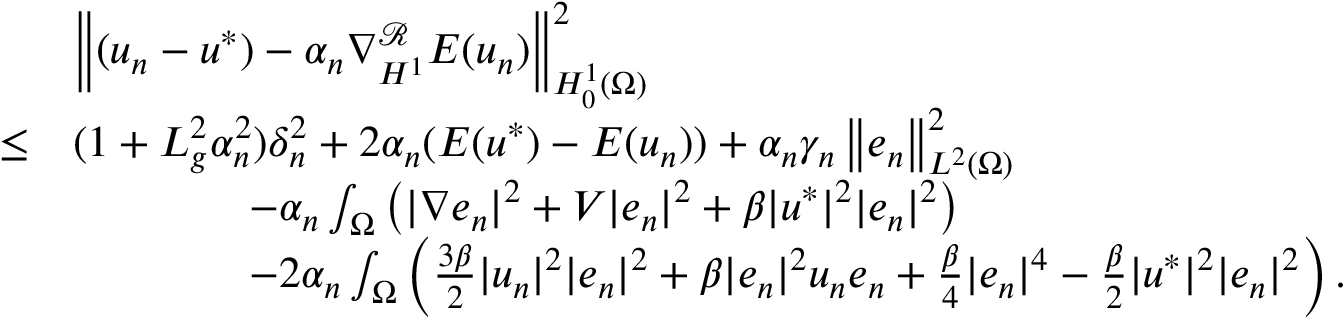
\begin{array} { r l } & { \left\Vert ( u _ { n } - u ^ { * } ) - \alpha _ { n } \nabla _ { H ^ { 1 } } ^ { \mathcal { R } } E ( u _ { n } ) \right\Vert _ { H _ { 0 } ^ { 1 } ( \Omega ) } ^ { 2 } } \\ { \leq } & { ( 1 + L _ { g } ^ { 2 } \alpha _ { n } ^ { 2 } ) \delta _ { n } ^ { 2 } + 2 \alpha _ { n } ( E ( u ^ { * } ) - E ( u _ { n } ) ) + \alpha _ { n } \gamma _ { n } \left\Vert e _ { n } \right\Vert _ { L ^ { 2 } ( \Omega ) } ^ { 2 } } \\ & { \qquad \qquad - \alpha _ { n } \int _ { \Omega } \left( | \nabla e _ { n } | ^ { 2 } + V | e _ { n } | ^ { 2 } + \beta | u ^ { * } | ^ { 2 } | e _ { n } | ^ { 2 } \right) } \\ & { \qquad \qquad - 2 \alpha _ { n } \int _ { \Omega } \left( \frac { 3 \beta } { 2 } | u _ { n } | ^ { 2 } | e _ { n } | ^ { 2 } + \beta | e _ { n } | ^ { 2 } u _ { n } e _ { n } + \frac { \beta } { 4 } | e _ { n } | ^ { 4 } - \frac { \beta } { 2 } | u ^ { * } | ^ { 2 } | e _ { n } | ^ { 2 } \right) . } \end{array}